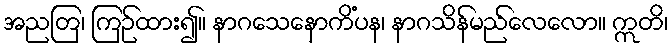
အညတြ၊ ကြဉ်ထား၍။ နာဂသေနောကိံပန၊ နာဂသိန်မည်လေလော။ ဣတိ၊